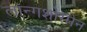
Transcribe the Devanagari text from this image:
लॉन्गशोरमेन